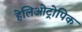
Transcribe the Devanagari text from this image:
हेलिओट्रोपिक